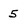
Character: 5